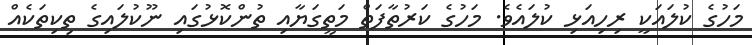
މަހުގެ ކުލައަކީ ރިހިއަޅި ކުލައެވެ. މަހުގެ ކަރުތާފަތް މަތީގަޔާއި ތުންކޮޅުގައި ނޫކުލައިގެ ތިކިތަކެއް